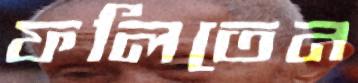
ফলিতেন